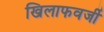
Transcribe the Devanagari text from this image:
खिलाफवर्जी